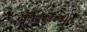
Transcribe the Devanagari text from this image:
दक्षिणपूर्वेकडील